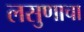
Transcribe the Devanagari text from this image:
लसुणाचा